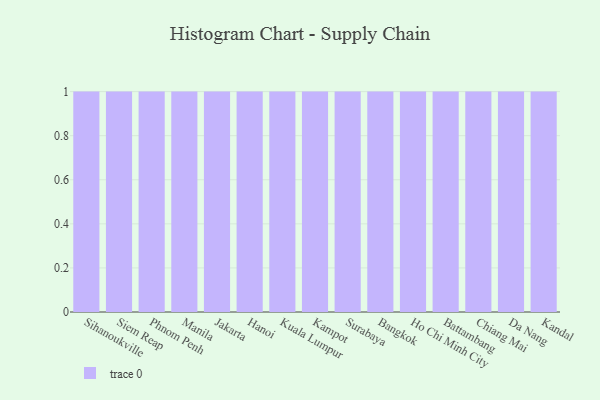
{"axis": {"x": "City", "y": "Inventory Turnover"}, "legend": [""], "data": [{"x": "Sihanoukville", "y": 72, "type": ""}, {"x": "Siem Reap", "y": 44, "type": ""}, {"x": "Phnom Penh", "y": 7, "type": ""}, {"x": "Manila", "y": 38, "type": ""}, {"x": "Jakarta", "y": 9, "type": ""}, {"x": "Hanoi", "y": 53, "type": ""}, {"x": "Kuala Lumpur", "y": 45, "type": ""}, {"x": "Kampot", "y": 22, "type": ""}, {"x": "Surabaya", "y": 41, "type": ""}, {"x": "Bangkok", "y": 25, "type": ""}, {"x": "Ho Chi Minh City", "y": 18, "type": ""}, {"x": "Battambang", "y": 90, "type": ""}, {"x": "Chiang Mai", "y": 43, "type": ""}, {"x": "Da Nang", "y": 12, "type": ""}, {"x": "Kandal", "y": 96, "type": ""}]}